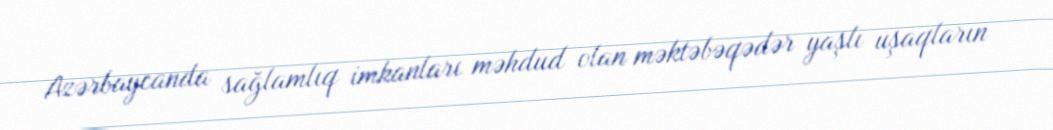
Azərbaycanda sağlamlıq imkanları məhdud olan məktəbəqədər yaşlı uşaqların